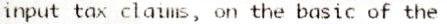
INPUT TAX CLAIMS, ON THE BASIC OF THE